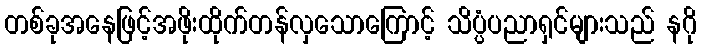
တစ်ခုအနေဖြင့်အဖိုးထိုက်တန်လှသောကြောင့် သိပ္ပံပညာရှင်များသည် နဂို